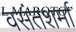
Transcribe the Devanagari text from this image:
वसंतशर्मा